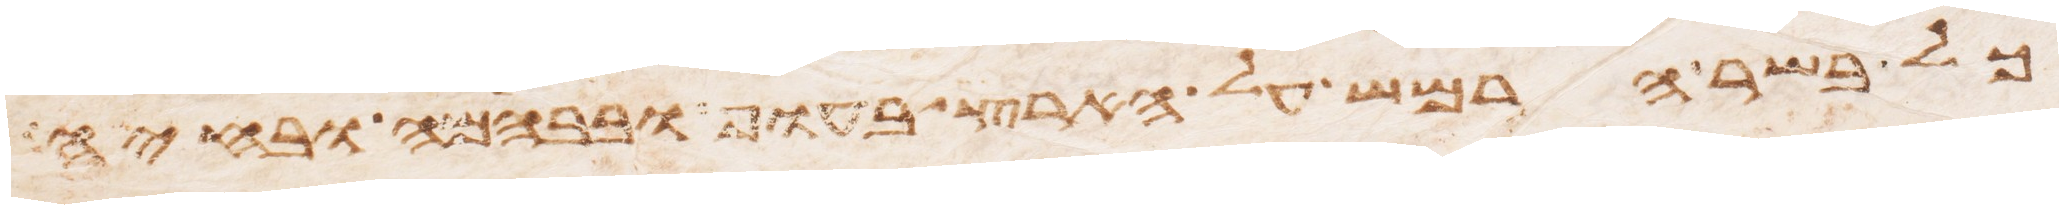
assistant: כל בשר הרמש על הארץ בעוף ובבהמה ובחיה